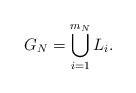
LaTeX: \begin{align*} G_N=\bigcup\limits_{i=1}^{m_N} L_i.\end{align*}